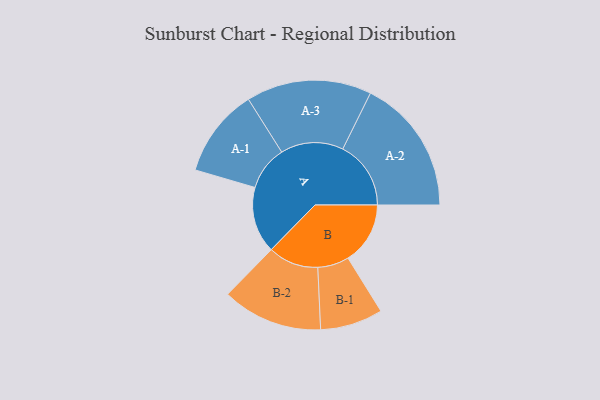
{"axis": {"x": "Segment", "y": "Value"}, "legend": ["", "A", "B"], "data": [{"x": "A", "y": 279, "type": ""}, {"x": "B", "y": 262, "type": ""}, {"x": "A-1", "y": 187, "type": "A"}, {"x": "A-2", "y": 287, "type": "A"}, {"x": "A-3", "y": 264, "type": "A"}, {"x": "B-1", "y": 132, "type": "B"}, {"x": "B-2", "y": 212, "type": "B"}]}